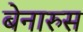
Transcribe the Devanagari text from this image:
बेनारुस